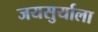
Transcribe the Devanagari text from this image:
जयसुर्याला